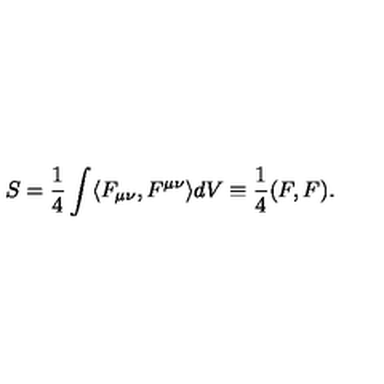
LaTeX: S = \frac { 1 } { 4 } \int \langle F _ { \mu \nu } , F ^ { \mu \nu } \rangle d V \equiv \frac { 1 } { 4 } ( F , F ) .